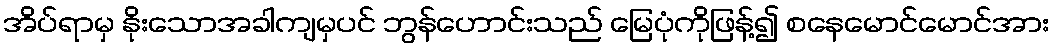
အိပ်ရာမှ နိုးသောအခါကျမှပင် ဘွန်ဟောင်းသည် မြေပုံကိုဖြန့်၍ စနေမောင်မောင်အား